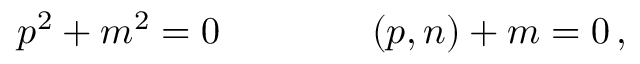
p ^ { 2 } + m ^ { 2 } = 0 \qquad \qquad ( p , n ) + m = 0 \, ,